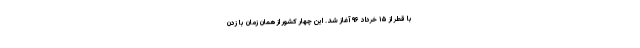
با قطر از ۱۵ خرداد ۹۶ آغاز شد. این چهار کشور از همان زمان با زدن